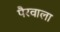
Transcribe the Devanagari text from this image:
पैरवाला